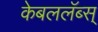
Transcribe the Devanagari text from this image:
केबललॅब्स्